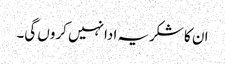
ان کا شکریہ ادا نہیں کروں گی۔